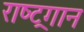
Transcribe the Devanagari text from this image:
राष्‍ट्रगान